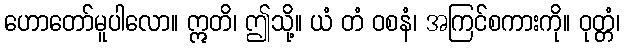
ဟောတော်မူပါလော။ ဣတိ၊ ဤသို့။ ယံ တံ ဝစနံ၊ အကြင်စကားကို။ ဝုတ္တံ၊